Madras plague regulations and rules - Volume 1
Disease focus: Plague
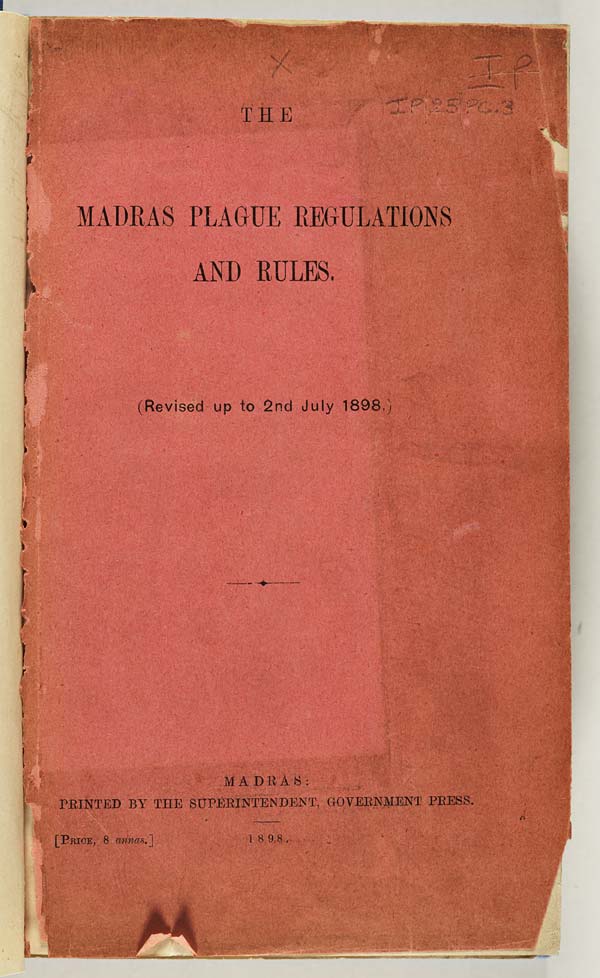
THE
MADRAS PLAGUE REGULATIONS
AND RULES.
(Revised up to 2nd July 1898.)
MADRAS:
PRINTED BY THE SUPERINTENDENT, GOVERNME
[PRICE, 8 annas.] 1898.